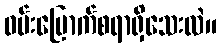
ဝမ်းမြောက်စရာရှိသေးလဲ။